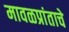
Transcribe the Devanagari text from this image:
मावळप्रांताचे